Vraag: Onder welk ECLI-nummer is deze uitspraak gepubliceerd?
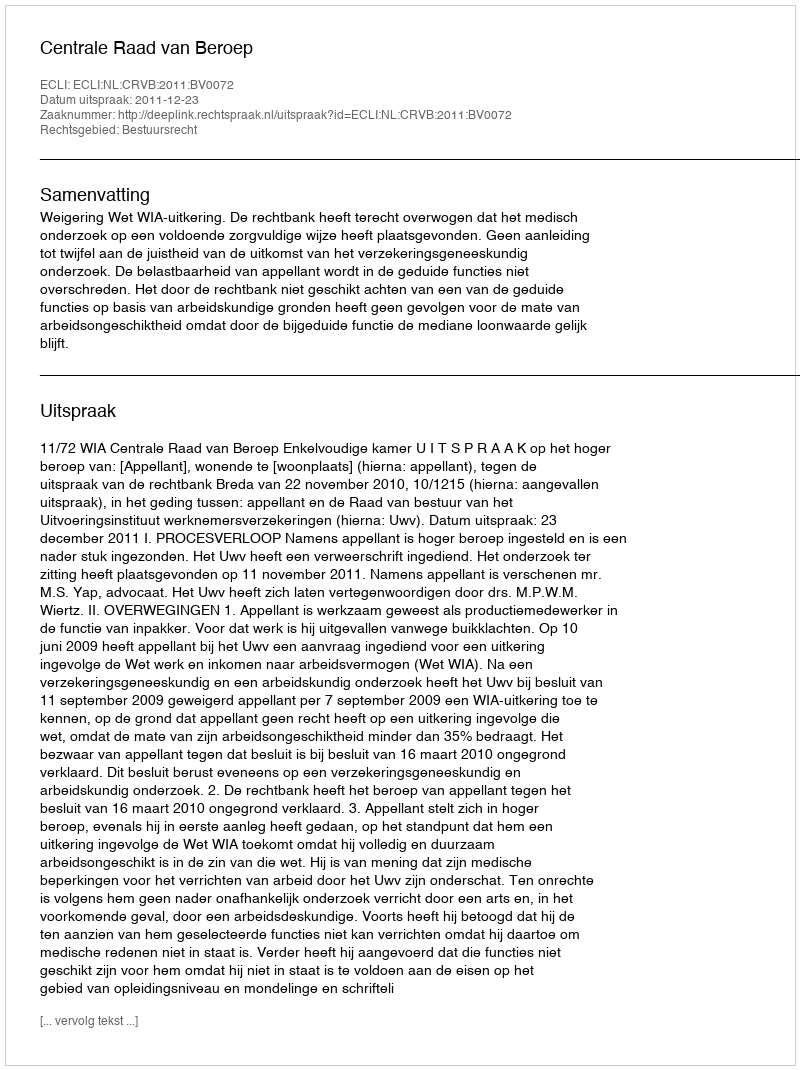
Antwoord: ECLI:NL:CRVB:2011:BV0072